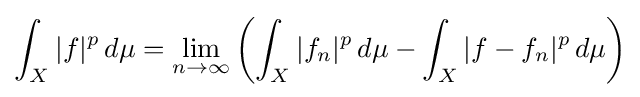
\int _{X}|f|^{p}\,d\mu =\lim _{n\to \infty }\left(\int _{X}|f_{n}|^{p}\,d\mu -\int _{X}|f-f_{n}|^{p}\,d\mu \right)